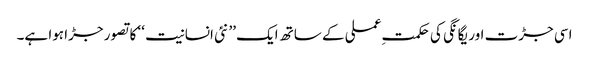
اسی جڑت اور یگانگی کی حکمتِ عملی کے ساتھ ایک ’’ نئی انسانیت ‘‘ کا تصور جڑا ہوا ہے۔